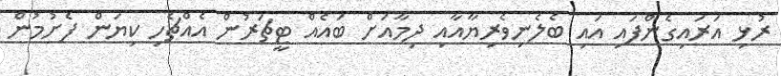
ރުޅި އަރައިގެންފައި އައި ބެލެނިވެރިޔާއާއި ދިމާއަށް ބައެއް ޓީޗަރުން އެއްޗެހި ކިޔަން ފެށުމުން